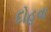
દોહવા